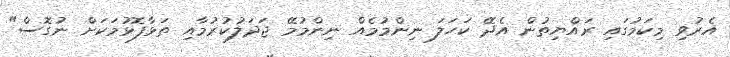
އެރުވި މިކަމުގައި ރައްޔިތުން އެދޭ ކަހަލަ ނިންމުމެއް ނިންމުމޭ ޖަދަލުކުރުމާއި ތަޅާފޮޅުމަކަށް ނުގޮސް"